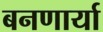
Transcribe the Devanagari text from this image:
बनणार्या